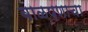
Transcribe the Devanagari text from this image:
बाळपणाचा